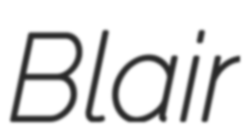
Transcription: Blair